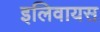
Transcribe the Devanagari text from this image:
इलिवायस